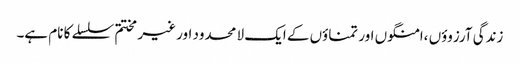
زندگی آرزوؤں ،امنگوں اور تمناؤں کے ایک لا محدود اور غیر مختتم سلسلے کا نام ہے۔